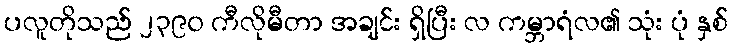
ပလူတိုသည် ၂၃၉၀ ကီလိုမီတာ အချင်း ရှိပြီး လ ကမ္ဘာရံလ၏ သုံး ပုံ နှစ်